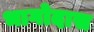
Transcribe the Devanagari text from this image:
भागोदास